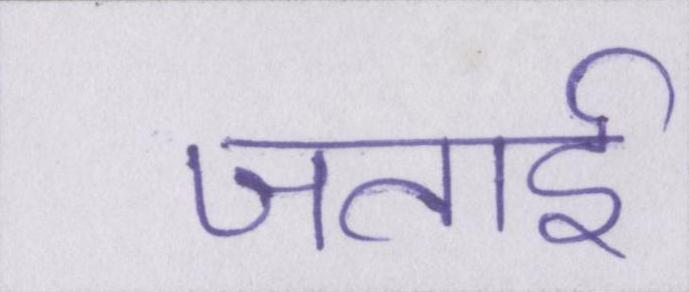
जताई